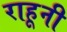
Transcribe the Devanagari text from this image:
राहूनी